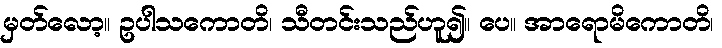
မှတ်လော့။ ဥပါသကောတိ၊ သီတင်းသည်ဟူ၍။ ပေ။ အာရောမိကောတိ၊